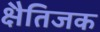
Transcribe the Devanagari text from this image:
क्षैतिजक